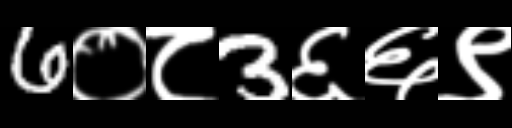
Text: 6०८3६६९